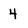
Character: 4